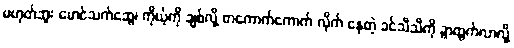
မဟုတ်ဘူး မောင်သက်ဆွေ၊ ကိုယ့်ကို ချစ်လို့ တကောက်ကောက် လိုက် နေတဲ့ ခင်သီသီကို ခွာထွက်လာလို့